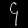
Digit: ၄